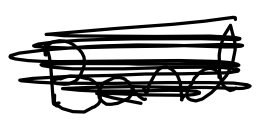
Text: Band
Cross-out: scratch
Writing tool: digital_black